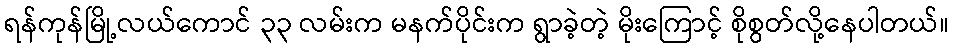
ရန်ကုန်မြို့လယ်ကောင် ၃၃ လမ်းက မနက်ပိုင်းက ရွာခဲ့တဲ့ မိုးကြောင့် စိုစွတ်လို့နေပါတယ်။